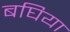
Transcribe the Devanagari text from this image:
बघिया